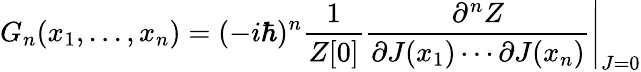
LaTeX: G_{n}(x_{1},...,x_{n})=(-i\hbar)^{n}{\frac{1}{Z[0]}}\left.{\frac{\partial^{n}Z}{\partial J(x_{1})\cdots\partial J(x_{n})}}\right|_{J=0}